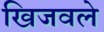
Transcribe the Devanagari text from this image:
खिजवले